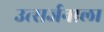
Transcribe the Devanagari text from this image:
उत्सर्जनाला